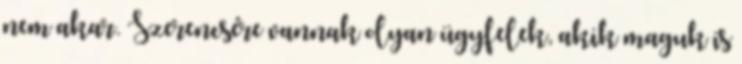
nem akar. Szerencsére vannak olyan ügyfelek, akik maguk is